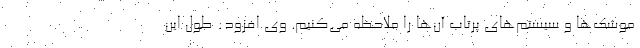
موشک‌ها و سیستم‌های پرتاب آن‌ها را ملاحظه می‌کنیم. وی افزود: طول این